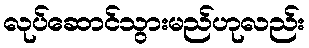
လုပ်ဆောင်သွားမည်ဟုလည်း